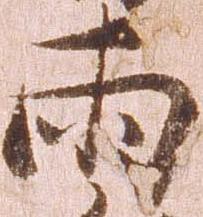
両